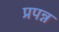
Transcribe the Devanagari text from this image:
प्रपन्न